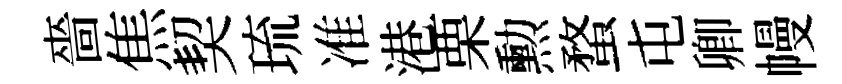
嗇焦契琉准港栗勲蝥屯卿幔